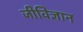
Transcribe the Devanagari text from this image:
जीविज्ञान